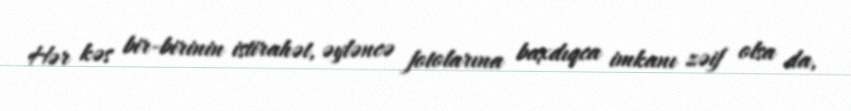
Hər kəs bir-birinin istirahət, əyləncə fotolarına baxdıqca imkanı zəif olsa da,